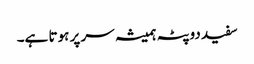
سفید دوپٹہ ہمیشہ سر پر ہوتا ہے۔